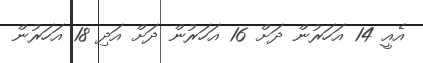
އެއީ 14 އަހަރުން ދަށް 16 އަހަރުން ދަށް އަދި 18 އަހަރުން